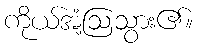
ကိုယ်အံ့ဩသွား၏။